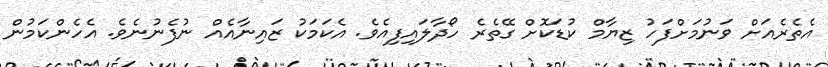
އެތެރެއަށް ވަނުމަށްފަހު ޒިޔާމް ކުޑަކޮށް ގޭތެރެ ހޯދާލައިފިއެވެ. އެކަމަކު ޒައިނާއެއް ނުފެނުނެވެ. އެހެންކަމުން